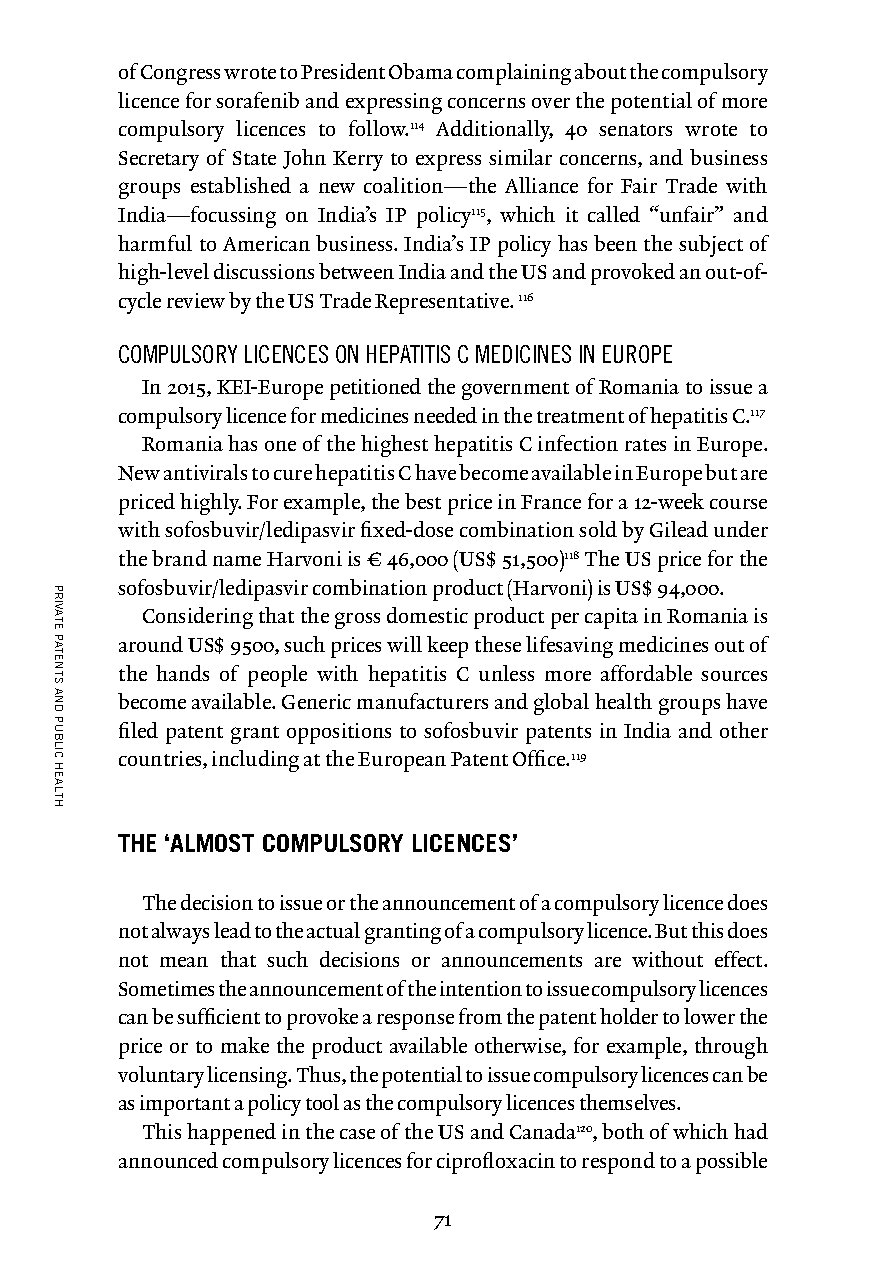
of Congress wrote to President Obama complaining about the compulsory
 licence for sorafenib and expressing concerns over the potential of more
 compulsory licences to follow.114 Additionally, 40 senators wrote to
 Secretary of State John Kerry to express similar concerns, and business
 groups established a new coalition — the Alliance for Fair Trade with
 India — focussing on India’s IP policy115, which it called “unfair” and
 harmful to American business. India’s IP policy has been the subject of
 high-level discussions between India and the US and provoked an out-of-
 cycle review by the US Trade Representative. 116
 COMPULSORY LICENCES ON HEPATITIS C MEDICINES IN EUROPE
 In 2015, KEI-Europe petitioned the government of Romania to issue a
 compulsory licence for medicines needed in the treatment of hepatitis C.117
 Romania has one of the highest hepatitis C infection rates in Europe.
 New antivirals to cure hepatitis C have become available in Europe but are
 priced highly. For example, the best price in France for a 12-week course
 with sofosbuvir/ledipasvir fixed-dose combination sold by Gilead under
 the brand name Harvoni is € 46,000 (US$ 51,500)118 The US price for the
 sofosbuvir/ledipasvir combination product (Harvoni) is US$ 94,000.
 Considering that the gross domestic product per capita in Romania is
 around US$ 9500, such prices will keep these lifesaving medicines out of
 the hands of people with hepatitis C unless more affordable sources
 become available. Generic manufacturers and global health groups have
 filed patent grant oppositions to sofosbuvir patents in India and other
 countries, including at the European Patent Office.119
 THE ‘ALMOST COMPULSORY LICENCES’
 The decision to issue or the announcement of a compulsory licence does
 not always lead to the actual granting of a compulsory licence. But this does
 not mean that such decisions or announcements are without effect.
 Sometimes the announcement of the intention to issue compulsory licences
 can be sufficient to provoke a response from the patent holder to lower the
 price or to make the product available otherwise, for example, through
 voluntary licensing. Thus, the potential to issue compulsory licences can be
 as important a policy tool as the compulsory licences themselves.
 This happened in the case of the US and Canada120, both of which had
 announced compulsory licences for ciprofloxacin to respond to a possible
 71
 PRIVATE
 PATENTS
 AND
 PUBLIC
 HEALTH